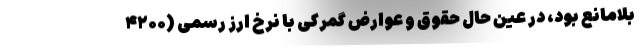
بلامانع بود، در عین حال حقوق و عوارض گمرکی با نرخ ارز رسمی (۴۲۰۰